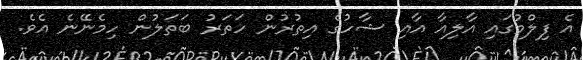
އެ ފިލްމުގައި އާލިއާ އާއި ޝާހުގެ އިތުރުން ހަތަރު ބަތަލުން ހިމެނޭނެ އެވެ.